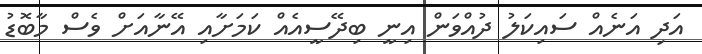
އަދި އަނެއް ސައިކަލު ދުއްވަން އިނީ ބިދޭސީއެއް ކަމަށާއި އޭނާއަށް ވެސް މާބޮޑު